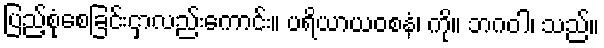
ပြည့်စုံစေခြင်းငှာလည်းကောင်း။ ပရိယာယဝစနံ၊ ကို။ ဘဂဝါ၊ သည်။